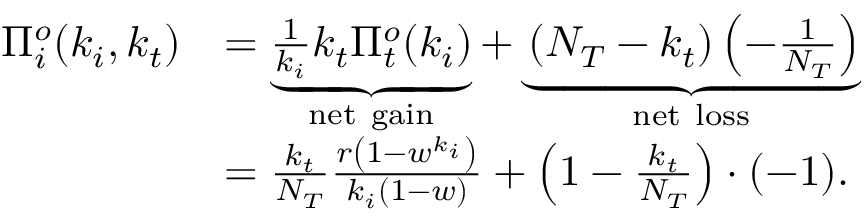
\begin{array} { r l } { \Pi _ { i } ^ { o } ( k _ { i } , k _ { t } ) } & { = \underbrace { \frac { 1 } { k _ { i } } k _ { t } \Pi _ { t } ^ { o } ( k _ { i } ) } _ { \mathrm { n e t ~ g a i n } } + \underbrace { \left( N _ { T } - k _ { t } \right) \left( - \frac { 1 } { N _ { T } } \right) } _ { \mathrm { n e t ~ l o s s } } } \\ & { = \frac { k _ { t } } { N _ { T } } \frac { r \left( 1 - w ^ { k _ { i } } \right) } { k _ { i } ( 1 - w ) } + \left( 1 - \frac { k _ { t } } { N _ { T } } \right) \cdot ( - 1 ) . } \end{array}